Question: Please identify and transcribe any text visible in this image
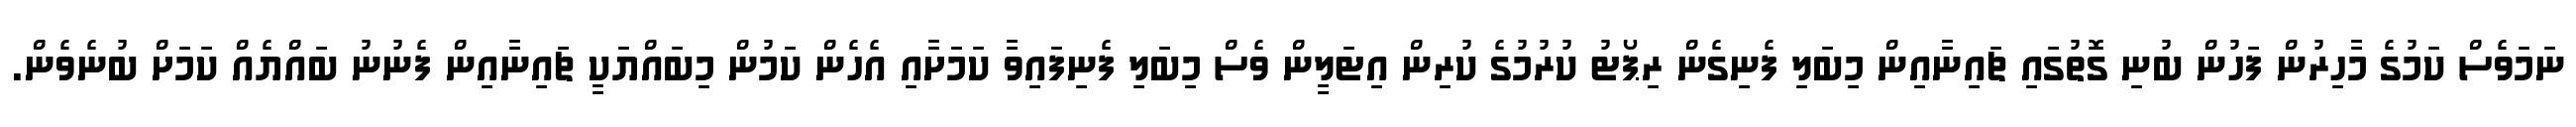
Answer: ނަމަވެސް ކަމުގެ މާހިރުން ފަހުން ބުނި ގޮތުގައި ޗައިނާއިން މިބަލި ފެނިގެން ރިޕޯޓު ކުރުމުގެ ކުރިން އިޓަލީން ވެސް މިބަލި ފެނިފައިވާ ކަމަށާއި އެހެން ކަމުން މިބައްޔަކީ ޗައިނާއިން ފެނުނު ބައްޔެއް ކަމަށް ބުނެވެން.